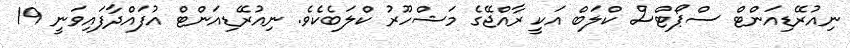
ނިއުރޭޑިއަންޓް ސްޕޯޓްސް ކްލަބް އަކީ ރާއްޖޭގެ މަޝްހޫރު ކްލަބެކެވެ. ނިއުރޭޑިއަންޓް އުފައްދާފައިވަނީ 19